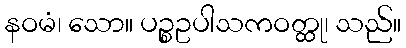
နဝမံ၊ သော။ ပဉ္စဥပါသကဝတ္ထု၊ သည်။